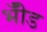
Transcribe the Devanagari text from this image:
भीँड